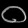
Digit: ၀